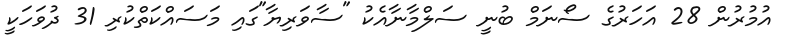
އުމުރުން 28 އަހަރުގެ ސޯނަމް ބުނީ ސަލްމާނާއެކު "ސާވަރިޔާ"ގައި މަސައްކަތްކުރި 31 ދުވަހަކީ